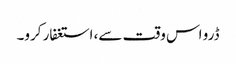
ڈرو اس وقت سے، استغفار کرو۔